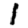
Digit: 1